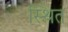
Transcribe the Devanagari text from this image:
स्थित